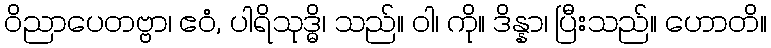
ဝိညာပေတဗ္ဗာ၊ ဧဝံ, ပါရိသုဒ္ဓိ၊ သည်။ ဝါ၊ ကို။ ဒိန္နာ၊ ပြီးသည်။ ဟောတိ။